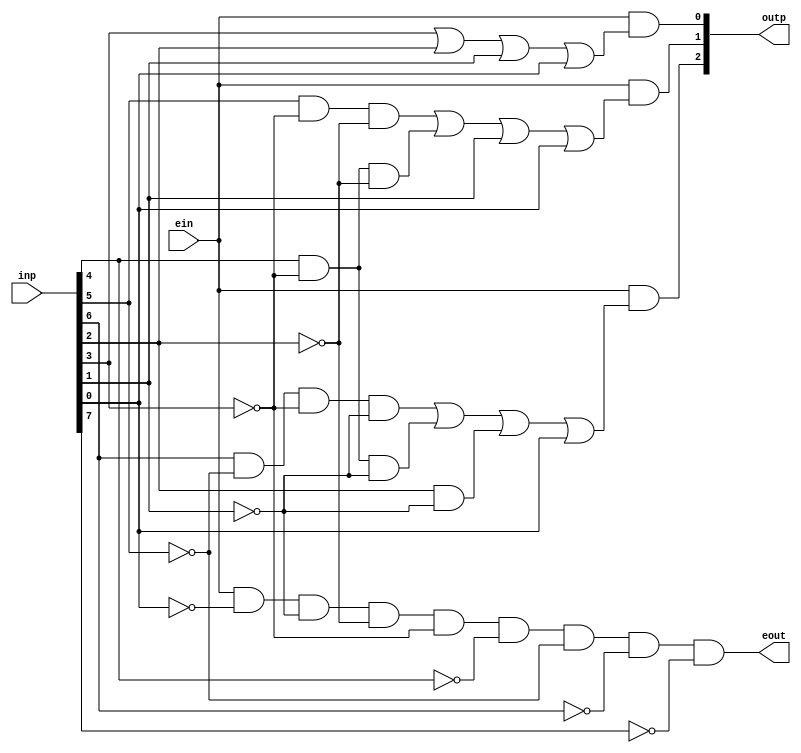
`timescale 1ns / 1ps
//p encoder
//8bit p encoder
module p_encoder8to3(outp,eout,inp,ein
);
input [7:0] inp;
input ein;
output [2:0] outp;
output eout;
assign outp[0]=ein & (inp[3] | inp[2] | inp[1] | inp[0]);
assign outp[1]=ein & ((inp[5] & (~inp[3]) & (~inp[2])) | (inp[4] & (~inp[3]) & (~inp[2])) |inp[1] | inp[0]);
assign outp[2]=ein & ((inp[6] & ~inp[5] & ~inp[3] & ~inp[1]) | (inp[4] & ~inp[3] & ~inp[1]) | (inp[2] & ~inp[1]) | inp[0] );
assign eout=ein & ~inp[0] & ~inp[1] & ~inp[2] & ~inp[3] & ~inp[4] & ~inp[5] & ~inp[6] & ~inp[7];
endmodule




//32 BIT P_ENCODER USING 4 8BIT P_ENCODER
////////////////////////////////////////////////////////////////////////////////////////////////////////
module p_encoder48to6(outpt,inpt);
input [47:0] inpt;
output [5:0] outpt;
wire [2:0] peo1,peo2,peo3,peo4,peo5,peo6;
wire eout1,eout2,eout3,eout4,eout5,eout6;
assign eout6=1;
p_encoder8to3 pe1 (peo1,,inpt[47:40],eout1);
p_encoder8to3 pe2 (peo2,eout1,inpt[39:32],eout2);
p_encoder8to3 pe3 (peo3,eout2,inpt[31:24],eout3);
p_encoder8to3 pe4 (peo4,eout3,inpt[23:16],eout4);
p_encoder8to3 pe5 (peo5,eout4,inpt[15:8],eout5);
p_encoder8to3 pe6 (peo6,eout5,inpt[7:0],eout6);


assign outpt[5]=peo1[2] | peo2[2] | peo3[2] | peo4[2] | peo5[2] | peo6[2];
assign outpt[4]=peo1[1] | peo2[1] | peo3[1] | peo4[1] | peo5[1] | peo6[1];
assign outpt[3]=peo1[0] | peo2[0] | peo3[0] | peo4[0] | peo5[0] | peo6[0];
assign outpt[2]= (~eout1) & ~(eout2 ^ eout3);
assign outpt[1]= (~eout1) & ~(eout2 ^ eout3);
assign outpt[0]= (~eout1) & (~eout2);
endmodule




/////////////////////////////////////////////////////////////////////////////////////////////////////////////
//APPROX LOG CALCULATING ALGO USING P_ENCODER
//LOG CALCULATING PROGRAM
module LOG(outlog,inlog
);
input [47:0] inlog;
output [7:0] outlog;
wire [5:0] outpet;
p_encoder48to6 pe48(outpet,inlog);
assign outlog=44-7*outpet/5;
endmodule